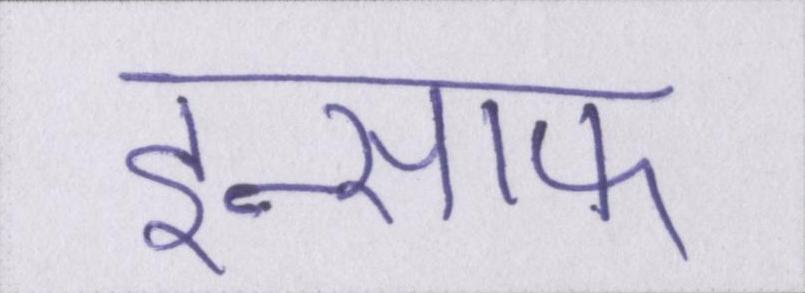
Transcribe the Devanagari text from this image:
इन्साफ